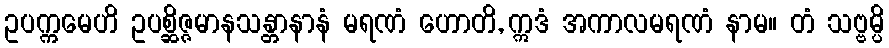
ဥပက္ကမေဟိ ဥပစ္ဆိဇ္ဇမာနသန္တာနာနံ မရဏံ ဟောတိ, ဣဒံ အကာလမရဏံ နာမ။ တံ သဗ္ဗမ္ပိ